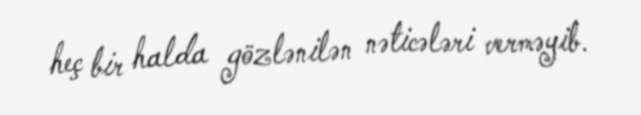
heç bir halda gözlənilən nəticələri verməyib.